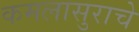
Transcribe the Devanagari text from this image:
कमलासुराचे